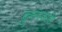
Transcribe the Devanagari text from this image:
कुसंस्कारी